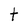
Character: t